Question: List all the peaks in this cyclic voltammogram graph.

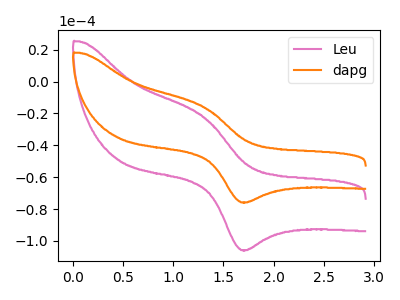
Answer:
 <answer>The pink curve "Leu" has an anodic peak at (1.30V, -22.25uA) and a cathodic peak at (1.70V, -105.75uA). The orange curve "dapg" has an anodic peak at (1.30V, -15.95uA) and a cathodic peak at (1.70V, -75.80uA).</answer>
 <eval></eval>